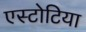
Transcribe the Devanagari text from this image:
एस्टोटिया